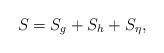
LaTeX: \begin{align*}S = S_g + S_h + S_{\eta},\end{align*}